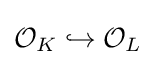
{\mathcal {O}}_{K}\hookrightarrow {\mathcal {O}}_{L}